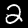
Digit: 2